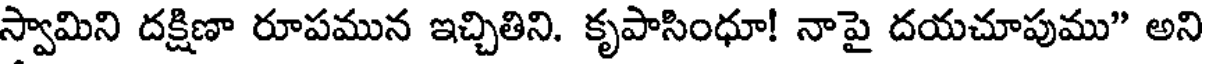
స్వామిని దక్షిణా రూపమున ఇచ్చితిని. కృపాసింధూ! నాపై దయచూపుము" అని